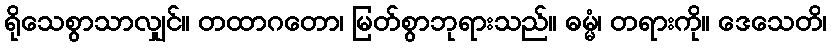
ရိုသေစွာသာလျှင်။ တထာဂတော၊ မြတ်စွာဘုရားသည်။ ဓမ္မံ၊ တရားကို။ ဒေသေတိ၊